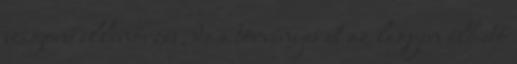
szigorú ellenőrzés, de a törvényes út az legyen élhető